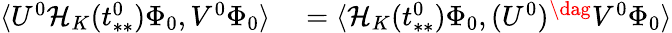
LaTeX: \begin{array}{rl}{\langle U^{0}\mathcal{H}_{K}(t_{**}^{0})\Phi_{0},V^{0}\Phi_{0}\rangle}&{{}=\langle\mathcal{H}_{K}(t_{**}^{0})\Phi_{0},(U^{0})^{\dag}V^{0}\Phi_{0}\rangle}\end{array}